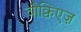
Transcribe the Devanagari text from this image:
वौक्विएज़